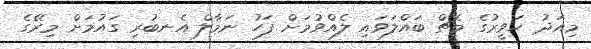
މިއަދު ހަވީރުގެ މެޗް ބައްލަވައި ލެއްވުމަށް ފަހު ނަމާލް އެނބުރި ގައުމަށް މިރޭގެ